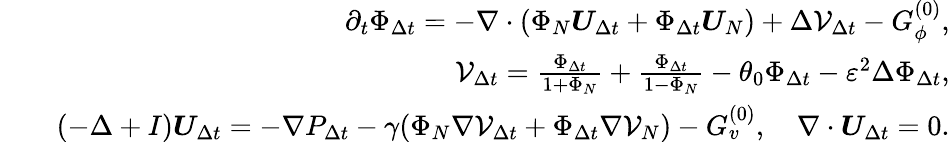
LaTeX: \begin{array}{rlr}&{}&{\partial_{t}\Phi_{\Delta t}=-\nabla\cdot(\Phi_{N}\boldsymbol{U}_{\Delta t}+\Phi_{\Delta t}\boldsymbol{U}_{N})+\Delta\mathcal{V}_{\Delta t}-G_{\phi}^{(0)},}\\ &{}&{\mathcal{V}_{\Delta t}=\frac{\Phi_{\Delta t}}{1+\Phi_{N}}+\frac{\Phi_{\Delta t}}{1-\Phi_{N}}-\theta_{0}\Phi_{\Delta t}-\varepsilon^{2}\Delta\Phi_{\Delta t},}\\ &{}&{(-\Delta+I)\boldsymbol{U}_{\Delta t}=-\nabla P_{\Delta t}-\gamma(\Phi_{N}\nabla\mathcal{V}_{\Delta t}+\Phi_{\Delta t}\nabla\mathcal{V}_{N})-G_{v}^{(0)},\quad\nabla\cdot\boldsymbol{U}_{\Delta t}=0.}\end{array}